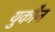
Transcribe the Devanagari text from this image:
युकौन